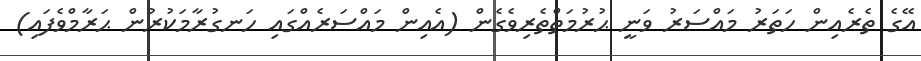
އޭގެ ތެރެއިން ހަތަރު މައްސަރު ވަނީ ޙުރުމަތްތެރިވެގެން (އެއިން މައްސަރެއްގައި ހަނގުރާމަކުރުން ޙަރާމްވެފައި)